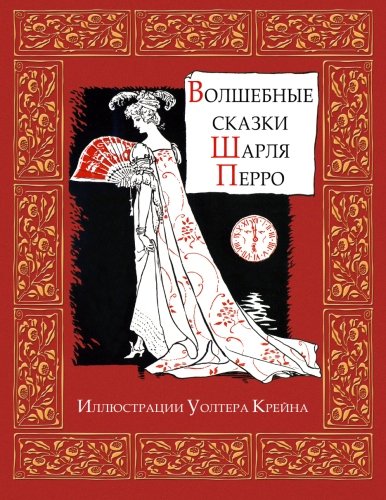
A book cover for Skazki Perro - Ð¡ÐºÐ°Ð·ÐºÐ¸ Ð¨Ð°ÑÐ»ÑE ÐEÐµÑÑÐ¾ (Russian Edition); Charles Perrault; Literature & Fiction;